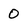
Character: 0